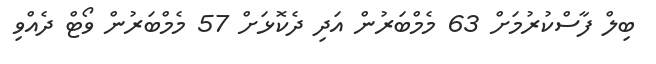
ބިލް ފާސްކުރުމަށް 63 މެމްބަރުން އަދި ދެކޮޅަށް 57 މެމްބަރުން ވޯޓް ދެއްވި